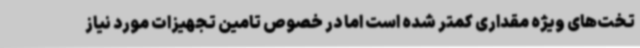
تخت‌های ویژه مقداری کمتر شده است اما در خصوص تامین تجهیزات مورد نیاز